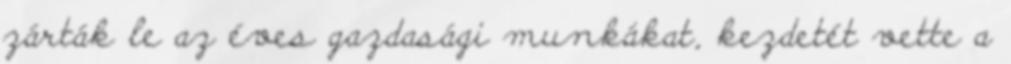
zárták le az éves gazdasági munkákat, kezdetét vette a